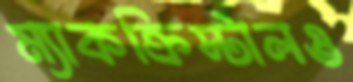
ম্যাকক্রিস্টালও